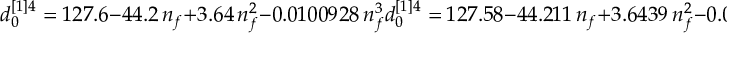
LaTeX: d _ { 0 } ^ { [ 1 ] 4 } = 1 2 7 . 6 - 4 4 . 2 \, n _ { f } + 3 . 6 4 \, n _ { f } ^ { 2 } - 0 . 0 1 0 0 9 2 8 \, n _ { f } ^ { 3 } d _ { 0 } ^ { [ 1 ] 4 } = 1 2 7 . 5 8 - 4 4 . 2 1 1 \, n _ { f } + 3 . 6 4 3 9 \, n _ { f } ^ { 2 } - 0 . 0 1 0 0 9 2 8 \, n _ { f } ^ { 3 } { } .